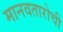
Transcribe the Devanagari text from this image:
मानवतारोची